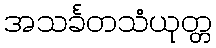
အသင်္ခတသံယုတ္တ